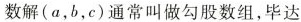
数解(a，b，c)通常叫做勾股数组，毕达